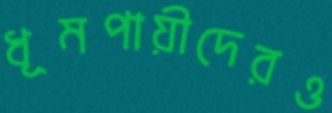
ধূমপায়ীদেরও